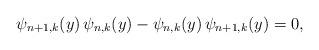
LaTeX: \begin{align*}\psi_{n+1,k}(y)\,\psi_{n,k}(y)-\psi_{n,k}(y)\,\psi_{n+1,k}(y)=0,\end{align*}